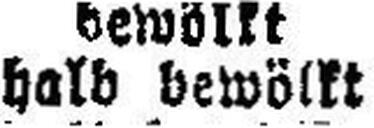
halb bewöllt